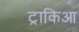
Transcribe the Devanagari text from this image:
ट्राकिआ